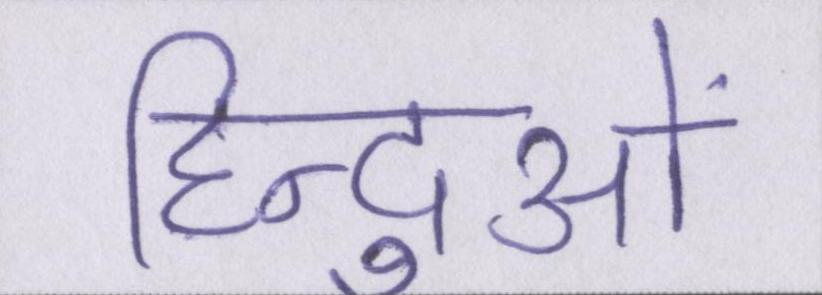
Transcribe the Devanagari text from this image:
हिन्दुओं